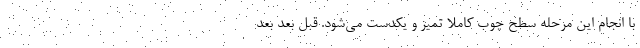
با انجام این مرحله سطح چوب کاملاً تمیز و یکدست می‌شود. قبل بعد بعد